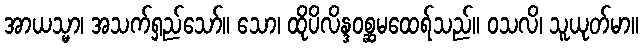
အာယသ္မာ၊ အသက်ရှည်သော်။ သော၊ ထိုပိလိန္ဒဝစ္ဆမထေရ်သည်။ ဝသလိ၊ သူယုတ်မာ။